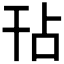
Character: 𭙀